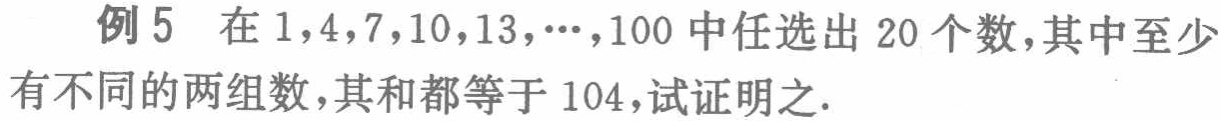
例 5 在 \(1,4,7,10,13,\cdots,100\) 中任选出 \(20\) 个数，其中至少有不同的两组数，其和都等于 \(104\)，试证明之.